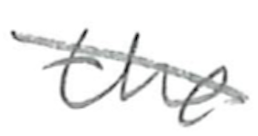
Text: the
Cross-out: diagonal
Writing tool: pencil